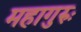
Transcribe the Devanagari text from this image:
महागुरुः